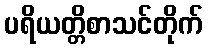
ပရိယတ္တိစာသင်တိုက်